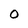
Character: O